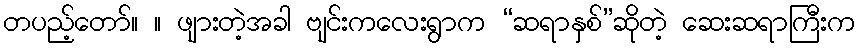
တပည့်တော်။ ။ ဖျားတဲ့အခါ ဗျင်းကလေးရွာက “ဆရာနှစ်”ဆိုတဲ့ ဆေးဆရာကြီးက